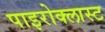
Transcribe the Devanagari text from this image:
पाइरोक्लास्ट